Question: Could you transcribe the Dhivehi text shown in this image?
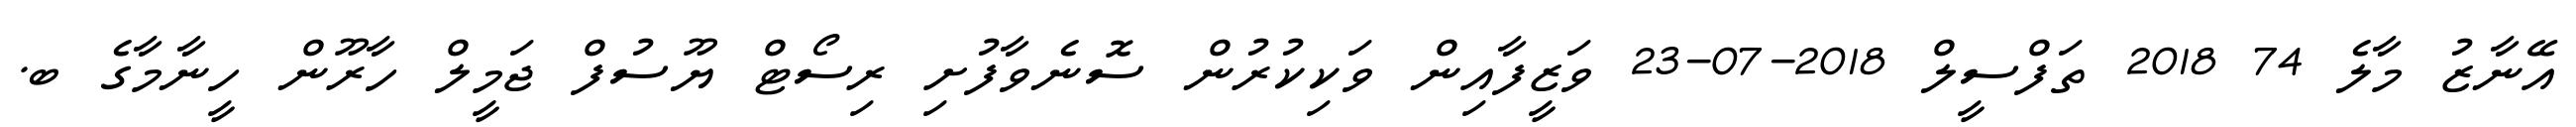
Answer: އޭނާޒު މާލެ 74 2018 ތަފްސީލް 2018-07-23 ވަޒީފާއިން ވަކިކުރުން ސޮނެވާފުށި ރިސޯޓް ޔޫސުފް ޖަމީލް ހާރޫން ހީނާމާގެ ބ.